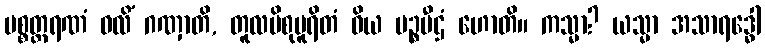
ပစ္စတ္ထရဏံ ဝလိံ ဂဏှာတိ, တူလပိစုပူရိတံ ဝိယ မဉ္စပီဌံ ဟောတိ။ ကသ္မာ? ယသ္မာ အသာရဒ္ဓေါ